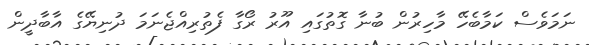
ނަމަވެސް ކަމާބެހޭ މާހިރުން ބުނާ ގޮތުގައި އޫރު ރޯގާ ފެތުރިއްޖެނަމަ ދުނިޔޭގެ އާބާދީން